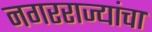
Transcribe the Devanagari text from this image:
नगरराज्यांचा